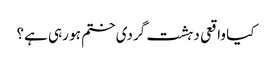
کیا واقعی دہشت گردی ختم ہو رہی ہے؟